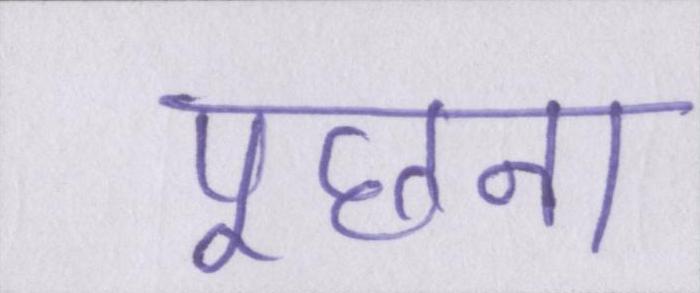
पूछना